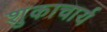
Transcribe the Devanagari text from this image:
शुकाचार्य